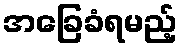
အခြေခံရမည့်